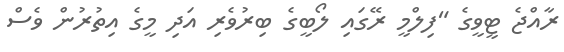
ރާއްޖެ ޓީވީގެ "ފިލްމީ ރޭގައި ލޯބީގެ ބިރުވެރި އަދި މީގެ އިތުރުން ވެސް